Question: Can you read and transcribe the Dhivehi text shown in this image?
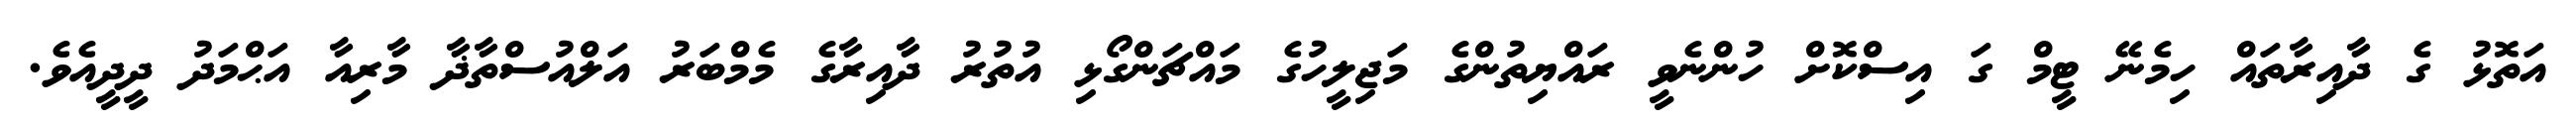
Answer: އަތޮޅު ގެ ދާއިރާތައް ހިމެނޭ ޓީމް ގަ އިސްކޮށް ހުންނެވީ ރައްޔިތުންގެ މަޖިލީހުގެ މައްޗަންގޯޅި އުތުރު ދާއިރާގެ މެމްބަރު އަލްއުސްތާޛާ މާރިއާ އަޙްމަދު ދީދީއެވެ.